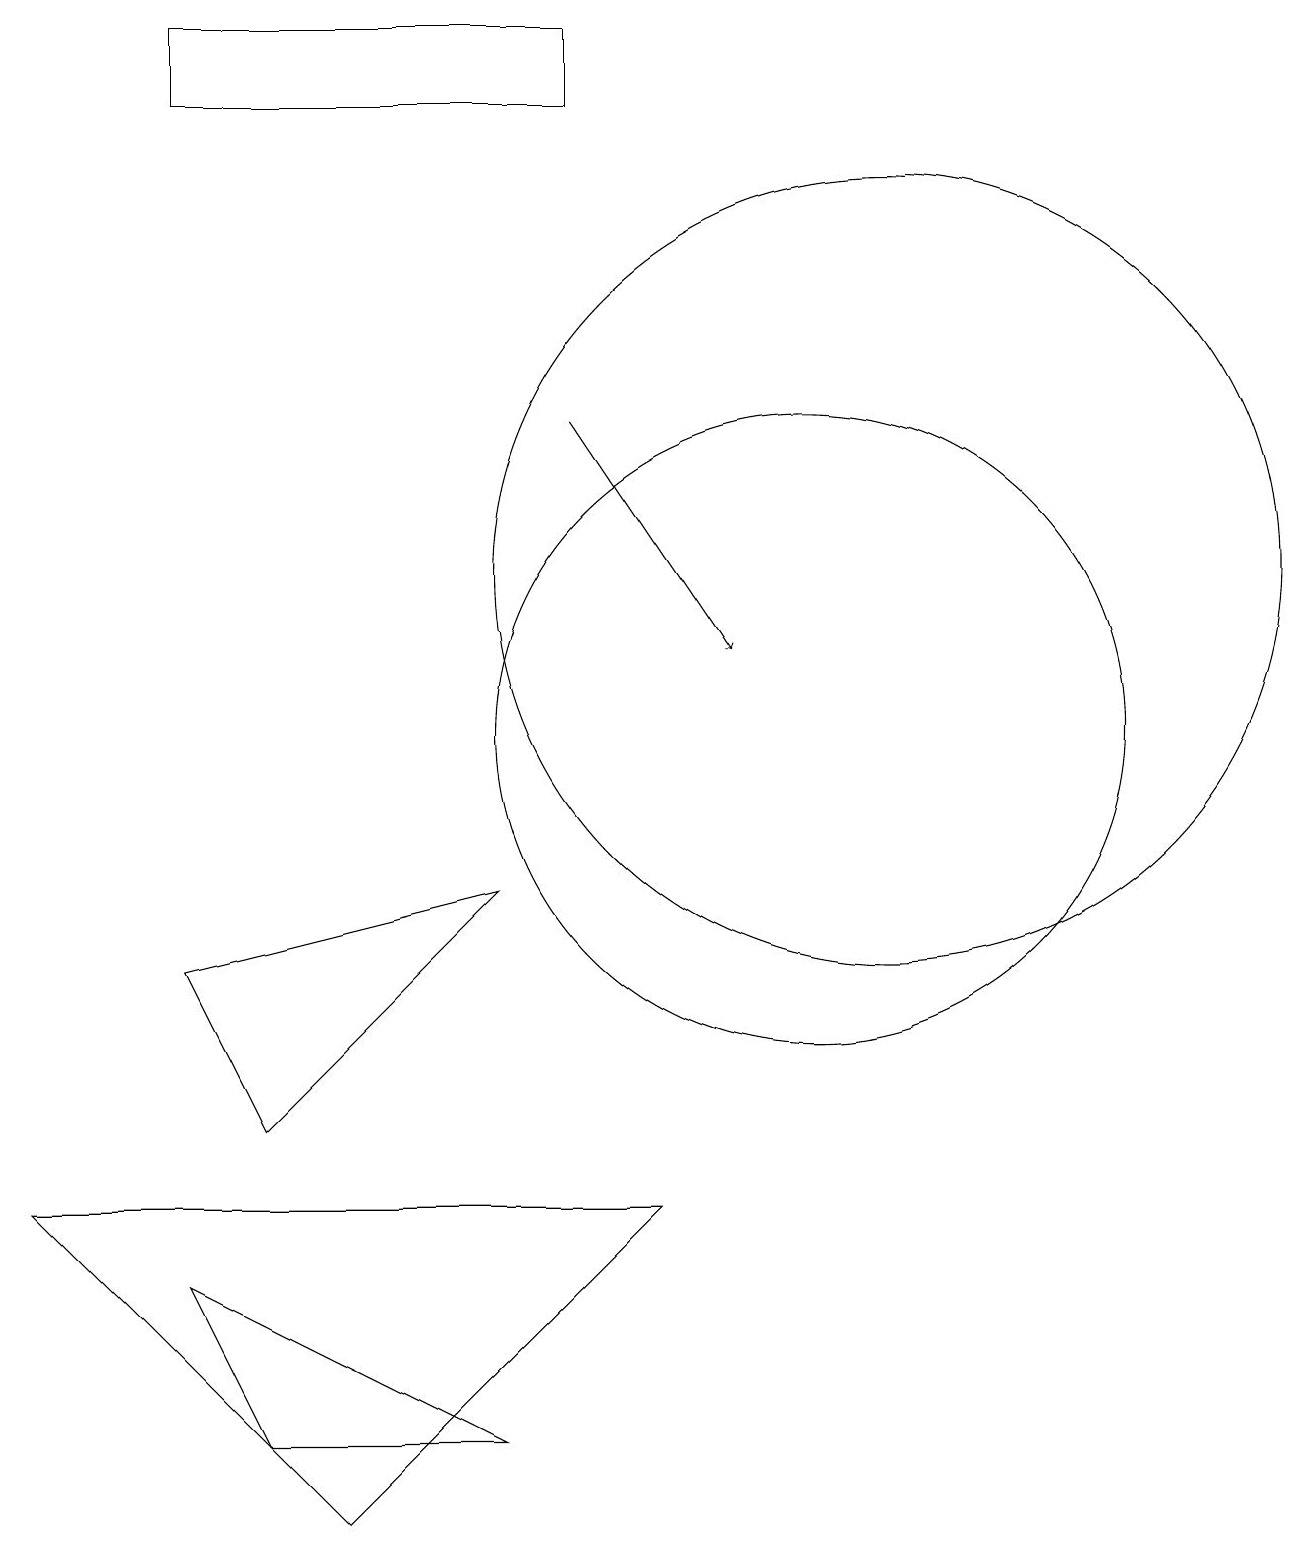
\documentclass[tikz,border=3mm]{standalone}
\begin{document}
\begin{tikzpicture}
\draw (10,10) circle (4);
\draw (8,4) -- (4,0) -- (0,4) -- cycle;
\draw (7,18) rectangle (2,19);
\draw (11,12) circle (5);
\draw (3,5) -- (6,8) -- (2,7) -- cycle;
\draw (3,1) -- (6,1) -- (2,3) -- cycle;
\draw[->] (7,14) -- (9,11);
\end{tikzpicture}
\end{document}